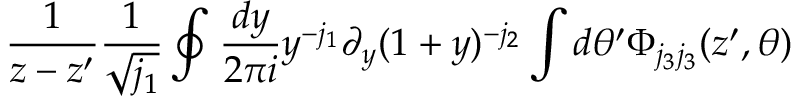
\frac { 1 } { z - z ^ { \prime } } \frac { 1 } { \sqrt { j _ { 1 } } } \oint \frac { d y } { 2 \pi i } y ^ { - j _ { 1 } } \partial _ { y } ( 1 + y ) ^ { - j _ { 2 } } \int d \theta ^ { \prime } \Phi _ { j _ { 3 } j _ { 3 } } ( z ^ { \prime } , \theta )